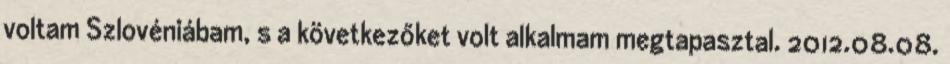
voltam Szlovéniábam, s a következőket volt alkalmam megtapasztal. 2012.08.08.